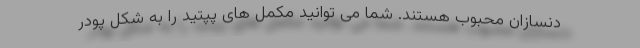
دنسازان محبوب هستند. شما می توانید مکمل های پپتید را به شکل پودر